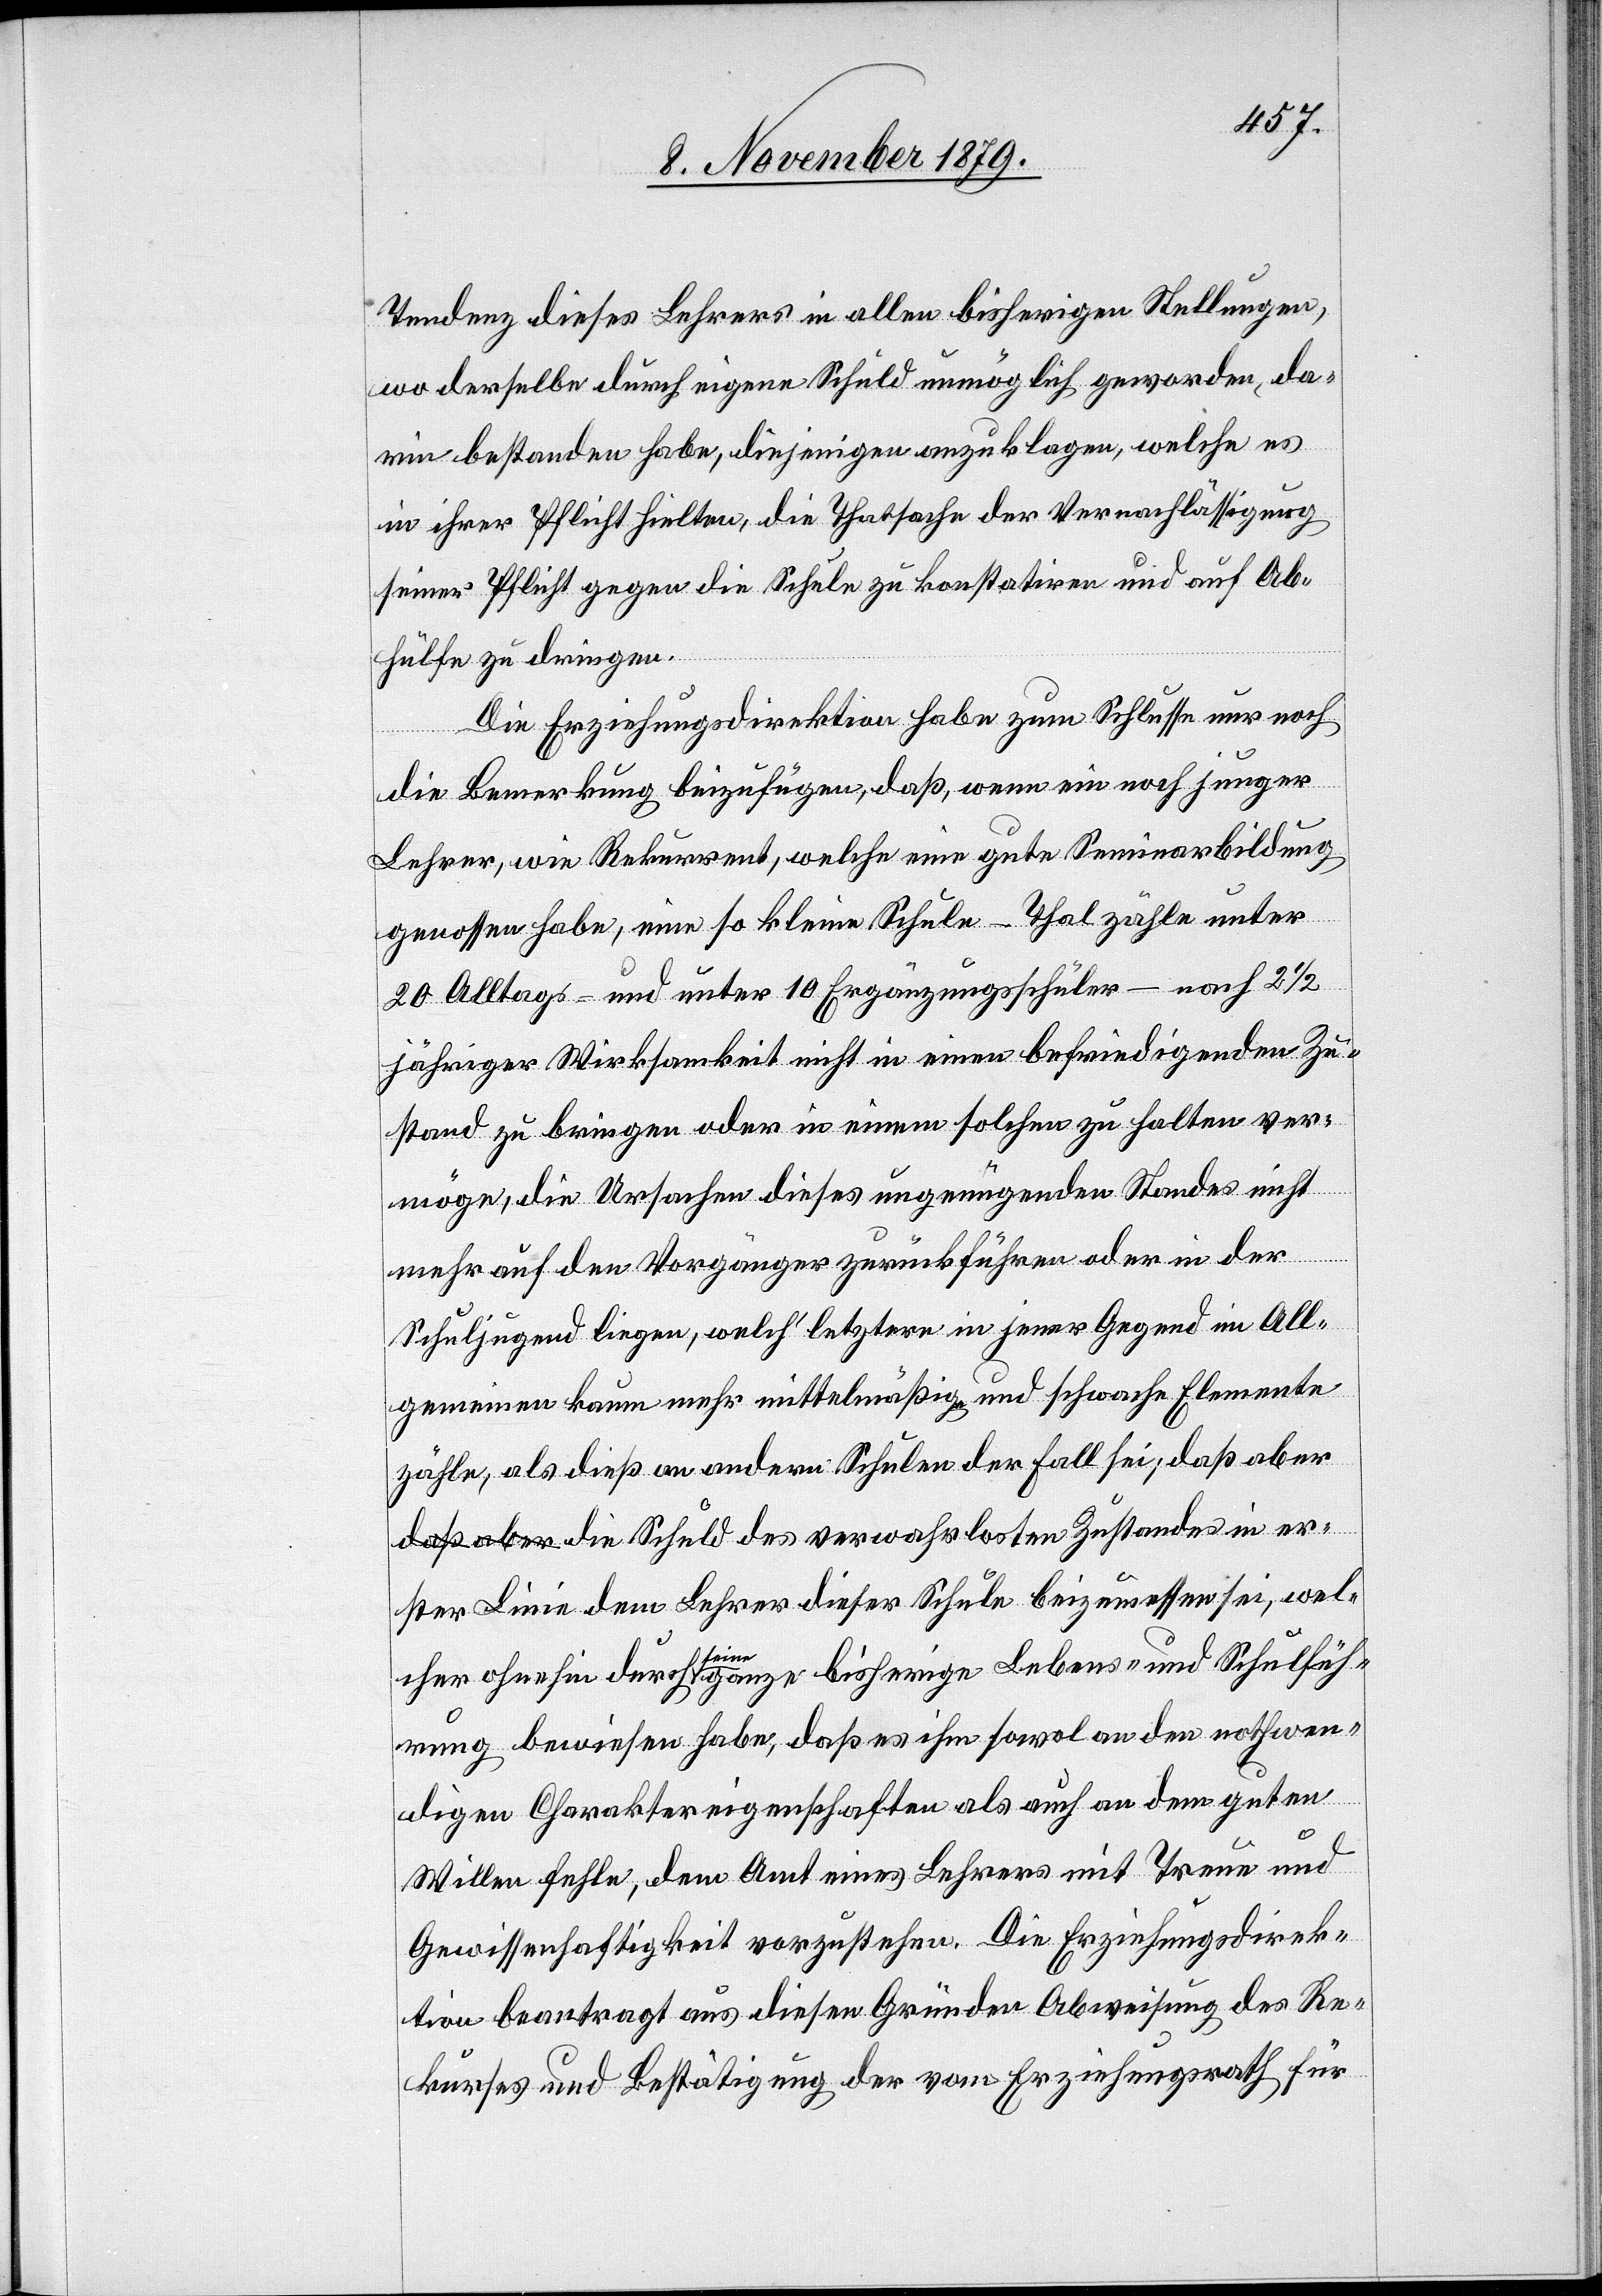
Tendenz dieses Lehrers in allen bisherigen Stellungen,
wo derselbe durch eigene Schuld unmöglich geworden, da¬
rin bestanden habe, diejenigen anzuklagen, welche es
in ihrer Pflicht hielten, die Thatsache der Vernachlässigung
seiner Pflicht gegen die Schule zu konstatiren und auf Ab¬
hülfe zu dringen.
Die Erziehungsdirektion habe zum Schlusse nur noch
die
die Bemerkung beizufügen, daß, wenn ein noch junger
Lehrer, wie Rekurrent, welche[r] eine gute Seminarbildung
genossen habe, eine so kleine Schule – Thal zähle unter
20 Alltags- und unter 10 Ergänzungsschüler– nach 2 1/2
jähriger Wirksamkeit nicht in einen befriedigenden Zu¬
stand zu bringen oder in einem solchen zu halten ver¬
in er¬
möge, die Ursachen dieses ungenügenden Standes nicht
verwa¬
mehr auf den Vorgänger zurückführen oder in der
Schuljugend liegen, welch’ letztere in jener Gegend im All¬
gemeinen kaum mehr mittelmäßig und schwache Elemente
zähle, als dieß an andern Schulen der Fall sei; daß aber
ster Linie dem Lehrer dieser Schule beizumessen sei, wel¬
cher ohnehin durch seine ganze bisherige Lebens- und Schulfüh¬
rung bewiesen habe, daß es ihm sowol an den nothwen¬
digen Charaktereigenschaften als auch an dem guten
Willen fehle, dem Amt eines Lehrers mit Treue und
Gewissenhaftigkeit vorzustehen. Die Erziehungsdirek¬
tion beantragt aus diesen Gründen Abweisung des Re¬
kurses und Bestätigung der vom Erziehungsrath für